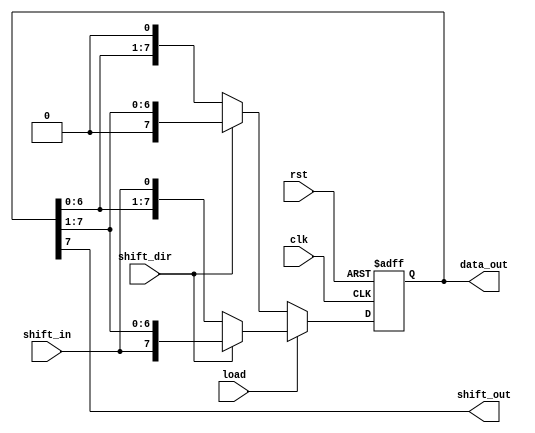
module universal_shift_register (
    input wire clk,
    input wire rst,
    input wire shift_dir, // 1 for right shift, 0 for left shift
    input wire load,
    input wire shift_in,
    output reg shift_out,
    output reg [7:0] data_out
);

reg [7:0] reg_data; // 8-bit register data

always @ (posedge clk or posedge rst) begin
    if (rst) begin
        reg_data <= 8'h00;
    end else begin
        if (load) begin
            reg_data <= shift_dir ? {shift_in, reg_data[7:1]} : {reg_data[6:0], shift_in};
        end else begin
            reg_data <= shift_dir ? {1'b0, reg_data[7:1]} : {reg_data[6:0], 1'b0};
        end
    end
end

assign shift_out = reg_data[7];
assign data_out = reg_data;

endmodule